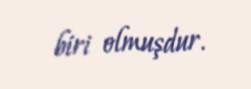
biri olmuşdur.